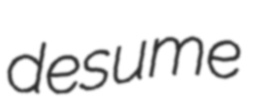
desume